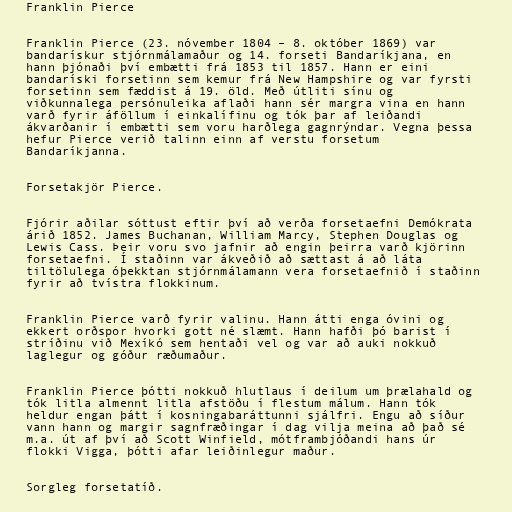
Franklin Pierce

Franklin Pierce (23. nóvember 1804 – 8. október 1869) var
bandarískur stjórnmálamaður og 14. forseti Bandaríkjana, en
hann þjónaði því embætti frá 1853 til 1857. Hann er eini
bandaríski forsetinn sem kemur frá New Hampshire og var fyrsti
forsetinn sem fæddist á 19. öld. Með útliti sínu og
viðkunnalega persónuleika aflaði hann sér margra vina en hann
varð fyrir áföllum í einkalífinu og tók þar af leiðandi
ákvarðanir í embætti sem voru harðlega gagnrýndar. Vegna þessa
hefur Pierce verið talinn einn af verstu forsetum
Bandaríkjanna.

Forsetakjör Pierce.

Fjórir aðilar sóttust eftir því að verða forsetaefni Demókrata
árið 1852. James Buchanan, William Marcy, Stephen Douglas og
Lewis Cass. Þeir voru svo jafnir að engin þeirra varð kjörinn
forsetaefni. Í staðinn var ákveðið að sættast á að láta
tiltölulega óþekktan stjórnmálamann vera forsetaefnið í staðinn
fyrir að tvístra flokkinum.

Franklin Pierce varð fyrir valinu. Hann átti enga óvini og
ekkert orðspor hvorki gott né slæmt. Hann hafði þó barist í
stríðinu við Mexíkó sem hentaði vel og var að auki nokkuð
laglegur og góður ræðumaður.

Franklin Pierce þótti nokkuð hlutlaus í deilum um þrælahald og
tók litla almennt litla afstöðu í flestum málum. Hann tók
heldur engan þátt í kosningabaráttunni sjálfri. Engu að síður
vann hann og margir sagnfræðingar í dag vilja meina að það sé
m.a. út af því að Scott Winfield, mótframbjóðandi hans úr
flokki Vigga, þótti afar leiðinlegur maður.

Sorgleg forsetatíð.